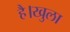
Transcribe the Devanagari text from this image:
है।खुला